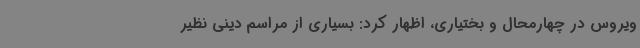
ویروس در چهارمحال و بختیاری، اظهار کرد: بسیاری از مراسم دینی نظیر